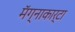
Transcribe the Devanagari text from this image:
मॅग्नाकार्टा